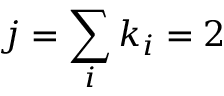
j = \sum _ { i } k _ { i } = 2